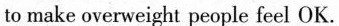
to make overweight people feel OK.